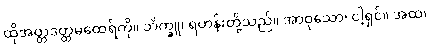
ထိုအတ္တဒတ္ထမထေရ်ကို။ ဘိက္ခူ၊ ရဟန်းတို့သည်။ အာဝုသော၊ ငါ့ရှင်။ အထ၊